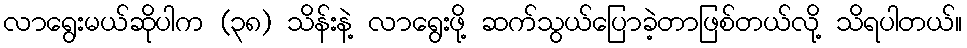
လာရွေးမယ်ဆိုပါက (၃၈) သိန်းနဲ့ လာရွေးဖို့ ဆက်သွယ်ပြောခဲ့တာဖြစ်တယ်လို့ သိရပါတယ်။